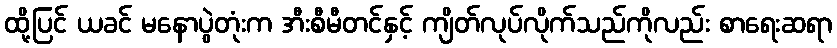
ထို့ပြင် ယခင် မနောပွဲတုံးက အီးစီမီတင်နှင့် ကျိတ်လုပ်လိုက်သည်ကိုလည်း စာရေးဆရာ